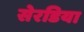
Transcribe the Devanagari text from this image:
सेरडिया